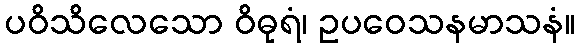
ပဝိသိလေသော ဝိဓုရံ၊ ဥပဝေသနမာသနံ။